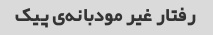
رفتار غیر مودبانه‌ی پیک